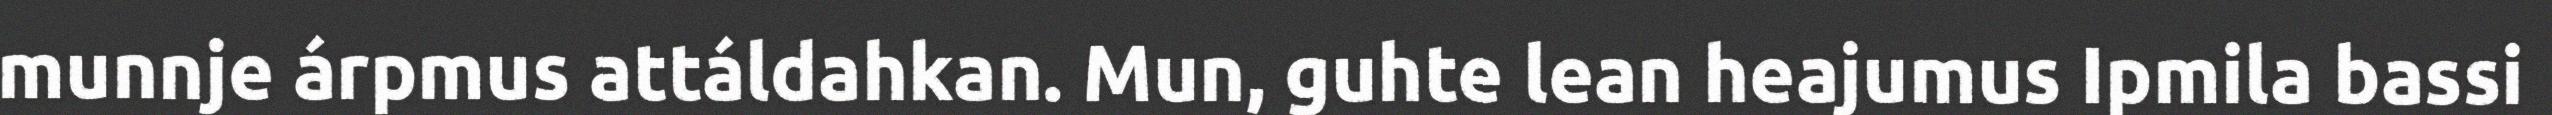
munnje árpmus attáldahkan. Mun, guhte lean heajumus Ipmila bassi